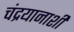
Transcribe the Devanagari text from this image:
चंद्रयानाशी